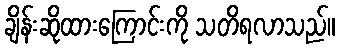
ချိန်းဆိုထားကြောင်းကို သတိရလာသည်။